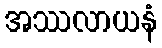
အဿလာယနံ